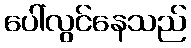
ပေါ်လွင်နေသည်